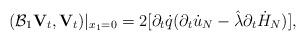
LaTeX: \begin{align*}(\mathcal{B}_1{\mathbf V}_{t},{\mathbf V}_{t})|_{x_1=0}=2[\partial_t\dot{q}(\partial_t\dot{u}_{N}-\hat{\lambda}\partial_t\dot{H}_{N})],\end{align*}